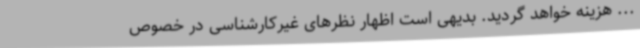
... هزینه خواهد گردید. بدیهی است اظهار نظرهای غیرکارشناسی در خصوص